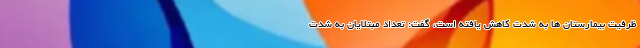
ظرفیت بیمارستان ها به شدت کاهش یافته است، گفت: تعداد مبتلایان به شدت